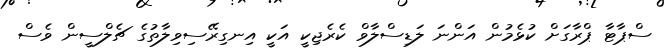
ސްޕާޓާ ޕްރާގަށް ކުޅެމުން އަންނަ ލަޑިސްލާވް ކެރެޖިކީ އަކީ އިނގިރޭސިވިލާތުގެ ޗެލްސީން ވެސް